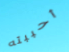
أحببته